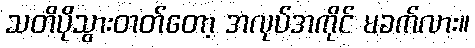
သတိပိုသွားတတ်တော့ အလုပ်အကိုင် မခက်လား။